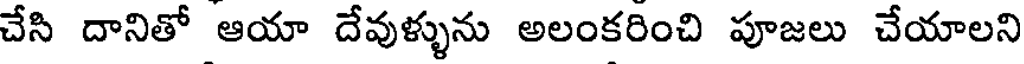
చేసి దానితో ఆయా దేవుళ్ళును అలంకరించి పూజలు చేయాలని